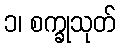
၁၊ စက္ခုသုတ်